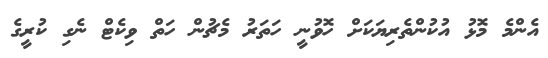
އެންމެ މޮޅު އުކުންތެރިޔަކަށް ހޮވުނީ ހަތަރު މެޗުން ހަތް ވިކެޓް ނެގި ކުރީގެ